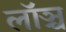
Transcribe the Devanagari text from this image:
लॉञ्च